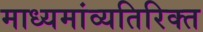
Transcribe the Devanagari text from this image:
माध्यमांव्यतिरिक्त